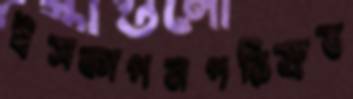
ইসকাপনপরিস্রুত